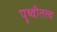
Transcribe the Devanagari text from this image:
पृथ्वीतत्त्व